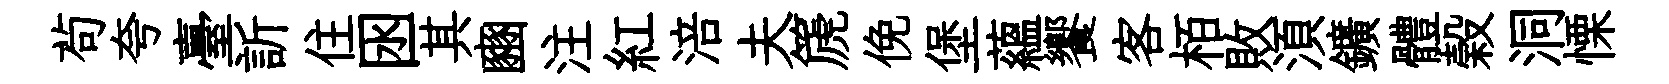
茍夸臺訢住囦其豳注紅涪夫篪俛堡藴饗客栢敗湏鑛體榖洞慄